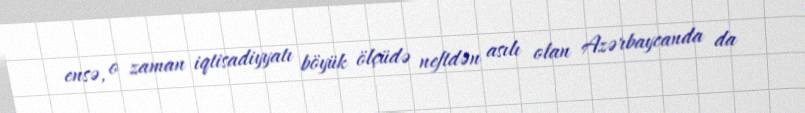
ensə, o zaman iqtisadiyyatı böyük ölçüdə neftdən asılı olan Azərbaycanda da